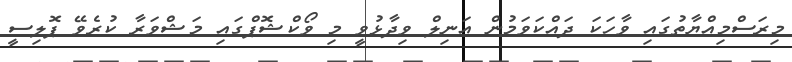
މިރަސްމިއްޔާތުގައި ވާހަކަ ދައްކަވަމުން އަނިލް ވިދާޅުވީ މި ވޯކްޝޮޕްގައި މަޝްވަރާ ކުރެވޭ ޕޮލިސީ